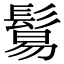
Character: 鬄